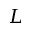
L